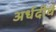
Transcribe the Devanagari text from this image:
अर्धदीर्घ